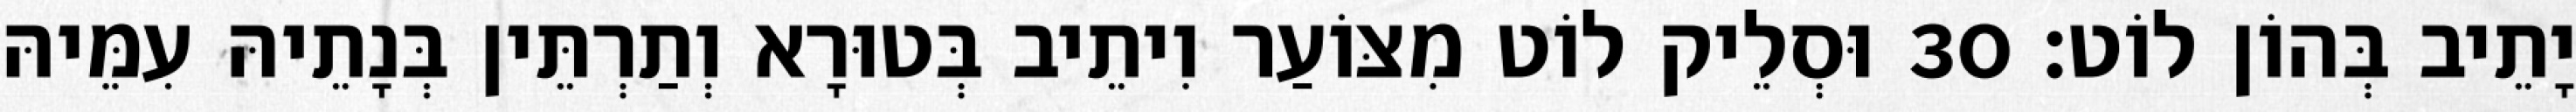
יָתֵיב בְּהוֹן לוֹט׃ 30 וּסְלֵיק לוֹט מִצּוֹעַר וִיתֵיב בְּטוּרָא וְתַרְתֵּין בְּנָתֵיהּ עִמֵּיהּ